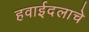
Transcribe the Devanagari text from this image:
हवाईदलाचे